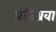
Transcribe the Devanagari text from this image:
प्रतिश्रवा